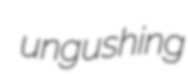
ungushing